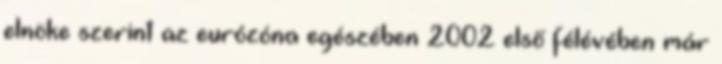
elnöke szerint az eurózóna egészében 2002 első félévében már